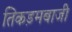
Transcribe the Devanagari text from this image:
तिकड़मबाजी